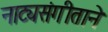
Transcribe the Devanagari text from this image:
नाट्यसंगीताने